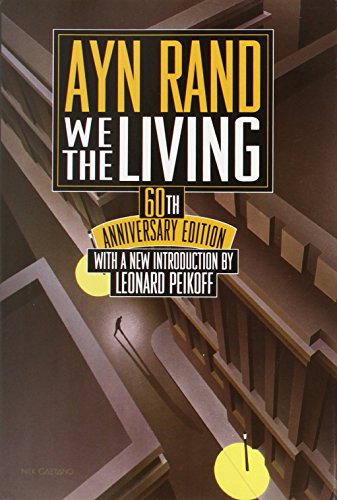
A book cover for We the Living: 60th Anniversary Edition; Ayn Rand; Politics & Social Sciences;